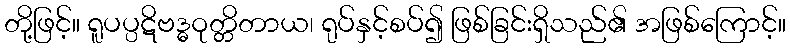
တို့ဖြင့်။ ရူပပ္ပဋိဗဒ္ဓဝုတ္တိတာယ၊ ရုပ်နှင့်စပ်၍ ဖြစ်ခြင်းရှိသည်၏ အဖြစ်ကြောင့်။